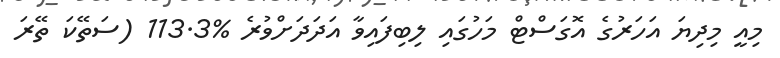
މިއީ މިދިޔަ އަހަރުގެ އޮގަސްޓް މަހުގައި ލިބިފައިވާ އަދަދަށްވުރެ %113.3 (ސަތޭކަ ތޭރަ